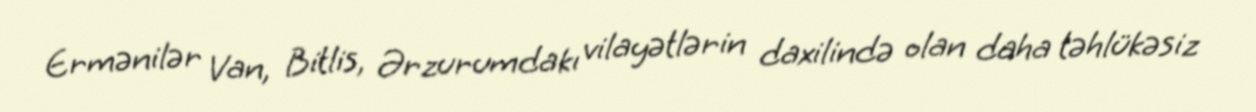
Ermənilər Van, Bitlis, Ərzurumdakı vilayətlərin daxilində olan daha təhlükəsiz